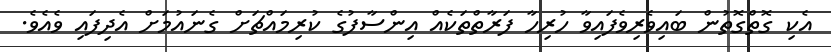
އެކި ގޮތްގޮތުން ބައިވެރިވެފައިވާ ހުރިހާ ފަރާތްތަކެއް އިންސާފުގެ ކުރިމައްޗަށް ގެނައުމަށް އެދިފައި ވެއެވެ.